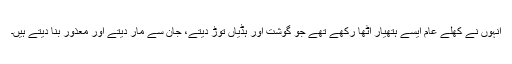
انہوں نے کھلے عام ایسے ہتھیار اٹھا رکھے تھے جو گوشت اور ہڈیاں توڑ دیتے، جان سے مار دیتے اور معذور بنا دیتے ہیں۔